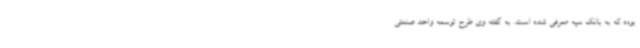
بوده که به بانک سپه معرفی شده است. به گفته وی طرح توسعه واحد صنعتی